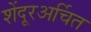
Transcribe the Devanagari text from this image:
शेंदूरअर्चित